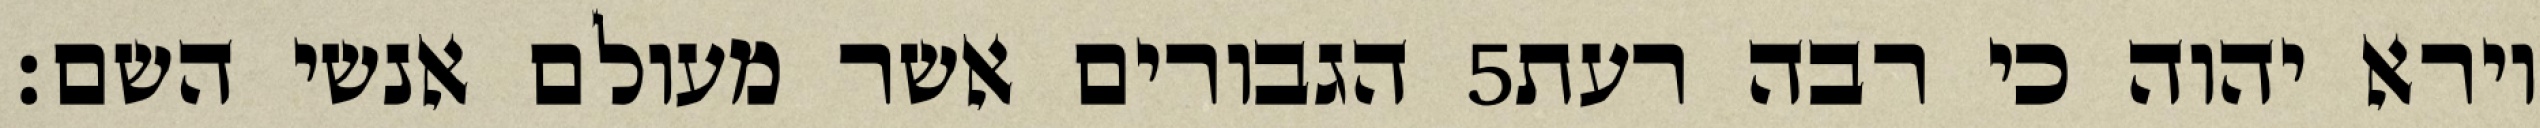
הגבורים אשר מעולם אנשי השם׃ ‎5‏ וירא יהוה כי רבה רעת